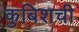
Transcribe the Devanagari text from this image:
कुबिशची